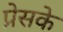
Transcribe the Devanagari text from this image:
प्रेसके